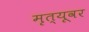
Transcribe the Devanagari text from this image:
मृत्‍यूवर